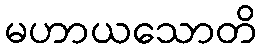
မဟာယသောတိ